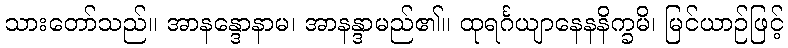
သားတော်သည်။ အာနန္ဒောနာမ၊ အာနန္ဒာမည်၏။ ထုရင်္ဂယျာနေနနိက္ခမိ၊ မြင်ယာဉ်ဖြင့်